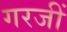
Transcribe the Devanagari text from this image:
गरजीं